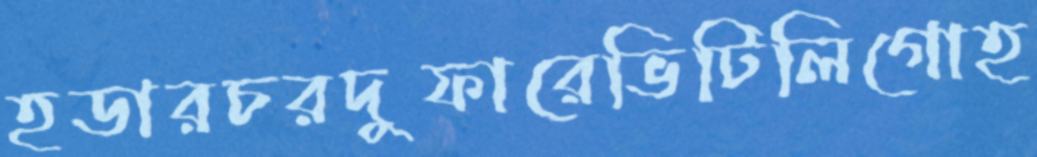
হডারচরদুফারেভিটিলিগোহ